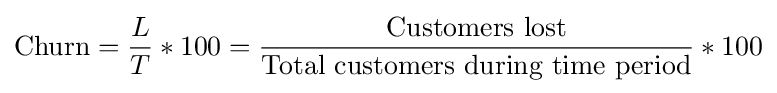
{\text{Churn}}={\frac {L}{T}}*100={\frac {\text{Customers lost}}{\text{Total customers during time period}}}*100